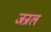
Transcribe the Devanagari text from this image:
जन्रल